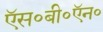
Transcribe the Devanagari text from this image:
ऍस॰बी॰ऍन॰